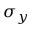
\sigma _ { y }